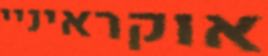
אוקראיניי